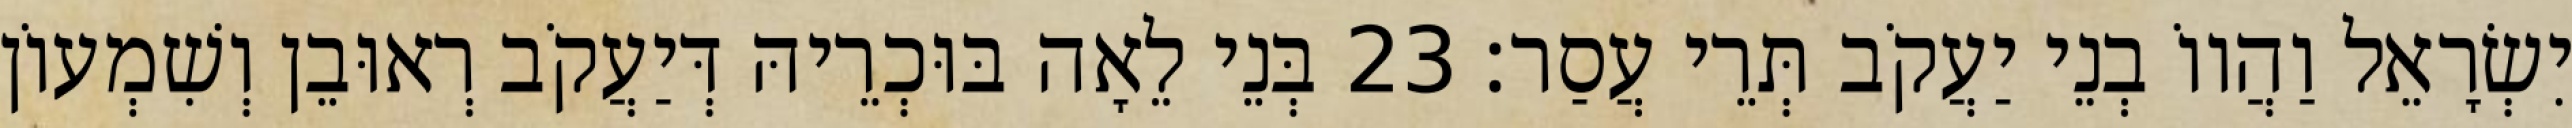
יִשְׂרָאֵל וַהֲווֹ בְנֵי יַעֲקֹב תְּרֵי עֲסַר׃ 23 בְּנֵי לֵאָה בּוּכְרֵיהּ דְּיַעֲקֹב רְאוּבֵן וְשִׁמְעוֹן